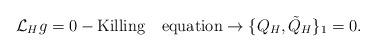
LaTeX: \begin{align*}{\cal L}_Hg=0-{\rm {Killing\quad equation}}\rightarrow\{Q_H,{\tilde Q}_H\}_1=0.\end{align*}